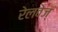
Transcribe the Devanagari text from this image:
रेलवेज्